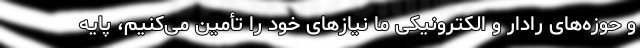
و حوزه‌های رادار و الکترونیکی ما نیازهای خود را تأمین می‌کنیم، پایه